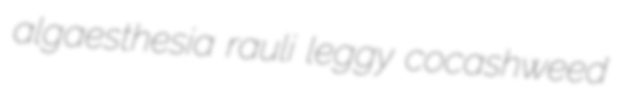
algaesthesia rauli leggy cocashweed